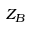
Z _ { B }